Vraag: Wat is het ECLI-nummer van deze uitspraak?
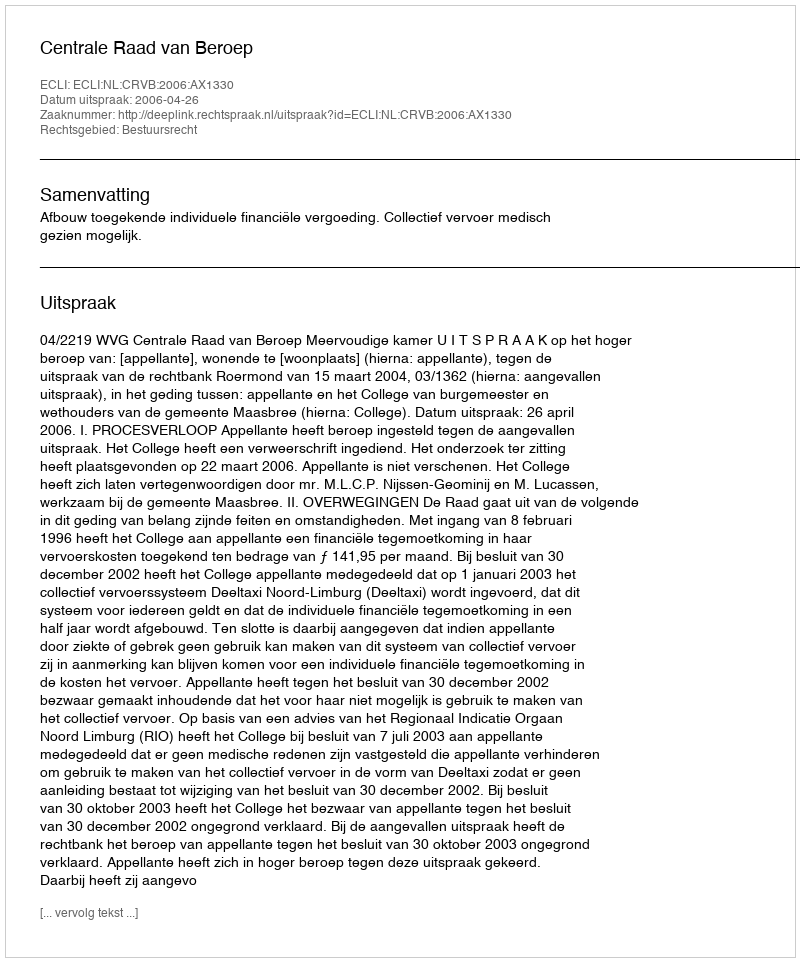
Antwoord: ECLI:NL:CRVB:2006:AX1330